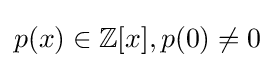
p(x)\in \mathbb {Z} [x],p(0)\neq 0